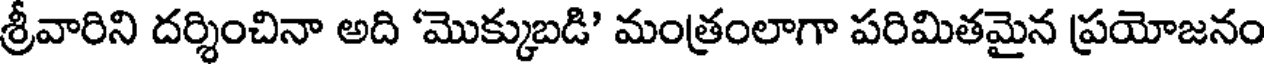
శ్రీవారిని దర్శించినా అది 'మొక్కుబడి' మంత్రంలాగా పరిమితమైన ప్రయోజనం